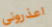
اعذروني